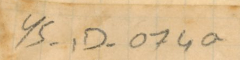
YS-1D- 074a